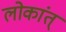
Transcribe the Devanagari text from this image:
लोकांत्‌